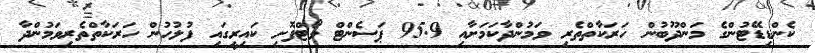
ކެންޑިޑޭޓުންގެ މަންދޫބުން ހަރަކާތްތެރި ވަމުންދާކަމަށާއި 95.9 ޕަސެންޓް ވޯޓްފޮށި ކައިރީގައި ފުލުހުން ހަރަކާތްތެރިވަމުންދާ